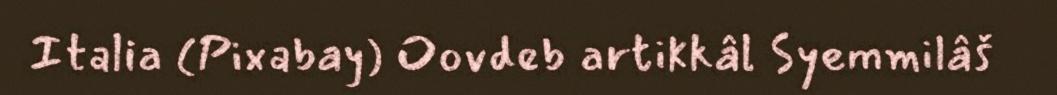
Italia (Pixabay) Oovdeb artikkâl Syemmilâš